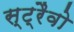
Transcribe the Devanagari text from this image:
स्ट्रैवो